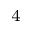
^ 4